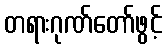
တရားဂုဏ်တော်ဖွင့်